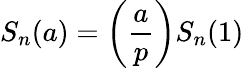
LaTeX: S_{n}(a)=\left({\frac{a}{p}}\right)S_{n}(1)